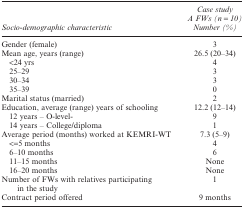
| Socio-demographic characteristic | Case study A FWs (n = 10) Number (%) |
 | --- | --- |
 | Gender (female) | 3 |
 | Mean age, years (range) | 26.5 (20–34) |
 | <24 yrs | 4 |
 | 25–29 | 3 |
 | 30–34 | 3 |
 | 35–39 | 0 |
 | Marital status (married) | 2 |
 | Education, average (range) years of schooling | 12.2 (12–14) |
 | 12 years – O-level- | 9 |
 | 14 years – College/diploma | 1 |
 | Average period (months) worked at KEMRI-WT | 7.3 (5–9) |
 | <=5 months | 4 |
 | 6–10 months | 6 |
 | 11–15 months | None |
 | 16–20 months | None |
 | Number of FWs with relatives participating in the study | 1 |
 | Contract period offered | 9 months |